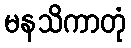
မနသိကာတုံ